Annual administration report of the Civil Veterinary Department of India - 1895-1896
Year: 1895
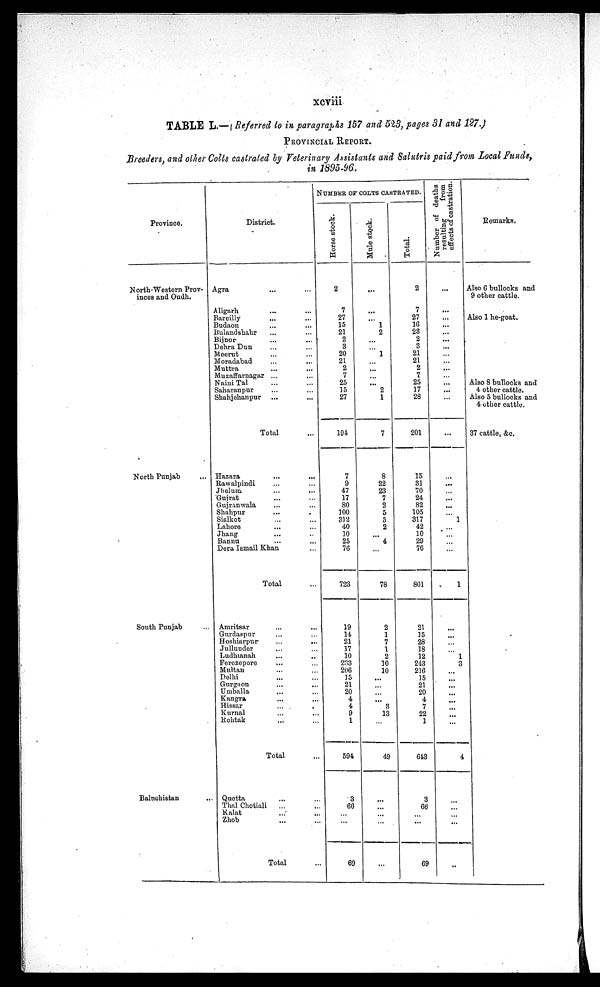
xcviii
TABLE L.— (Referred to in paragraphs 157 and 523, pages 31 and 127.)
PROVINCIAL REPORT.
Breeders, and other Colts castrated by Veterinary Assistants and Salutris paid from Local Funds,
in 1895-96.
Province.
North-Western Prov-
inces and Oudh.
North Punjab ...
South Punjab
Baluchistan
District.
Agra ... ...
Aligarh ... ...
Bareilly ... ...
Budaon ... ...
Bulandshahr ... ...
Bijnor ... ....
Dehra Dun ... ...
Meerut ... ...
Moradabad ... ...
Muttra ... ...
Muzaffarnagar ....
...
Naini Tal ... ...
Saharanpur ... ...
Shahjehanpur ... ...
Total ...
Hazara
...
...
Rawalpindi ... ...
Jhelum ... ...
Gujrat ... ...
Gujranwala ... ...
Shahpur ... ...
Sialkot ... ...
Lahore ... ...
Jhang ... ...
Bannu ... ...
Dera Ismail Khan ...
Total ...
Amritsar ... ...
Gurdaspur ... ...
Hoshiarpur ... ...
Jullunder ... ...
Ludhianah ... ...
Ferozepore ... ...
Multan ... ...
Delhi ... ...
Gurgaon ... ...
Umballa ... ...
Kangra ... ...
Hissar ... ...
Kurnal ... ...
Rohtak ... ...
Total ...
Quetta ... ...
Thal Chotiali ... ...
Kalat ... ...
Zhob ... ...
Total ...
NUMBER OF COLTS CASTRATED.
Horse stock.
2
7
27
15
21
2
3
20
21
2
7
25
15
27
194
7
9
47
17
80
100
312
40
10
25
76
723
19
14
21
17
10
233
206
]5
21
20
4
4
9
1
594
3
66
...
...
69
Mule stock.
...
...
...
1
2
...
... 1
...
...
... ...
2
1
7
8
22
23
7
2
5
5
2
...
4
78
2
1
7
1
2
10
10
...
...
...
... 3
13
...
49
...
...
...
...
...
Total.
2
7
27
16
23
2
3
21
21
2
7
25
17
28
201
15
31
70
24
82
105
317
42
10
29
76
801
21
15
28
18
12
243
216
15
21
20
4
7
22
1
643
3
66
...
...
69
Number of deaths
resulting
from
effects of castration.
...
...
...
...
...
...
...
...
...
...
... ...
...
...
...
...
...
...
...
...
... 1
...
...
...
1
...
...
...
...
1
3
...
...
...
...
...
...
...
...
4
...
...
...
...
...
Remarks.
Also 6 bullocks and
9 other cattle.
Also 1 he-goat.
Also 8 bullocks and
4 other cattle.
Also 5 bullocks and
4 other cattle.
37 cattle, &c.